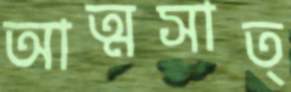
আত্মসাত্